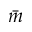
\bar { m }